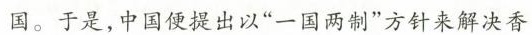
国。于是，中国便提出以”一国两制”方针来解决香